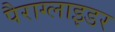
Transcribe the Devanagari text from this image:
पैराग्लाइडर